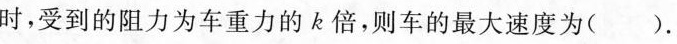
时，受到的阻力为车重力的k倍，则车的最大速度为( )。